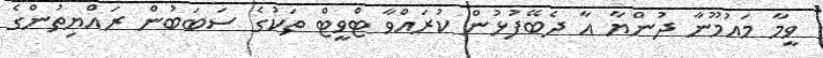
ވީމާ މައުމޫނާ ދުންޔާ އާ ދެބޭފުޅުން ކުރައްވާ ޓްވީޓް ތަކުގެ ސަބަބުން ރައްޔިތުންގެ